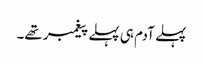
پہلے آدم ہی پہلے پیغمبر تھے۔